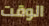
الوقت